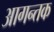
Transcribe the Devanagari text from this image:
आगन्तक